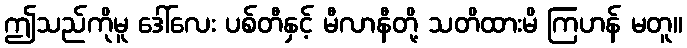
ဤသည်ကိုမူ ဒေါ်လေး ပစ်တီနှင့် မီလာနီတို့ သတိထားမိ ကြဟန် မတူ။